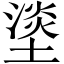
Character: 𰊣